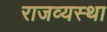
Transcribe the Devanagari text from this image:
राजव्यस्था